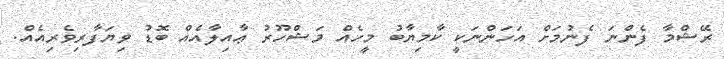
ރޭޝްމާ ފެންނަ ފެނުމަށް އަހަންނަކީ ކާމިޔާބު މީހެއް މަޝްހޫރު ޢާއިލާއެއް ބޮޑު ވިޔަފާރިވެރިއެއް.